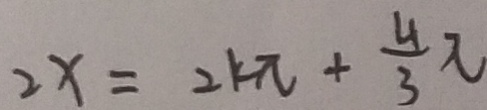
2 x = 2 k \pi + \frac { 4 } { 3 } \pi